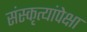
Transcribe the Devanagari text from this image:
संस्कृत्यांपेक्षा